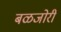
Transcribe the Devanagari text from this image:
बळजोरी